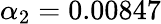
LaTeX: \alpha_{2}=0.00847